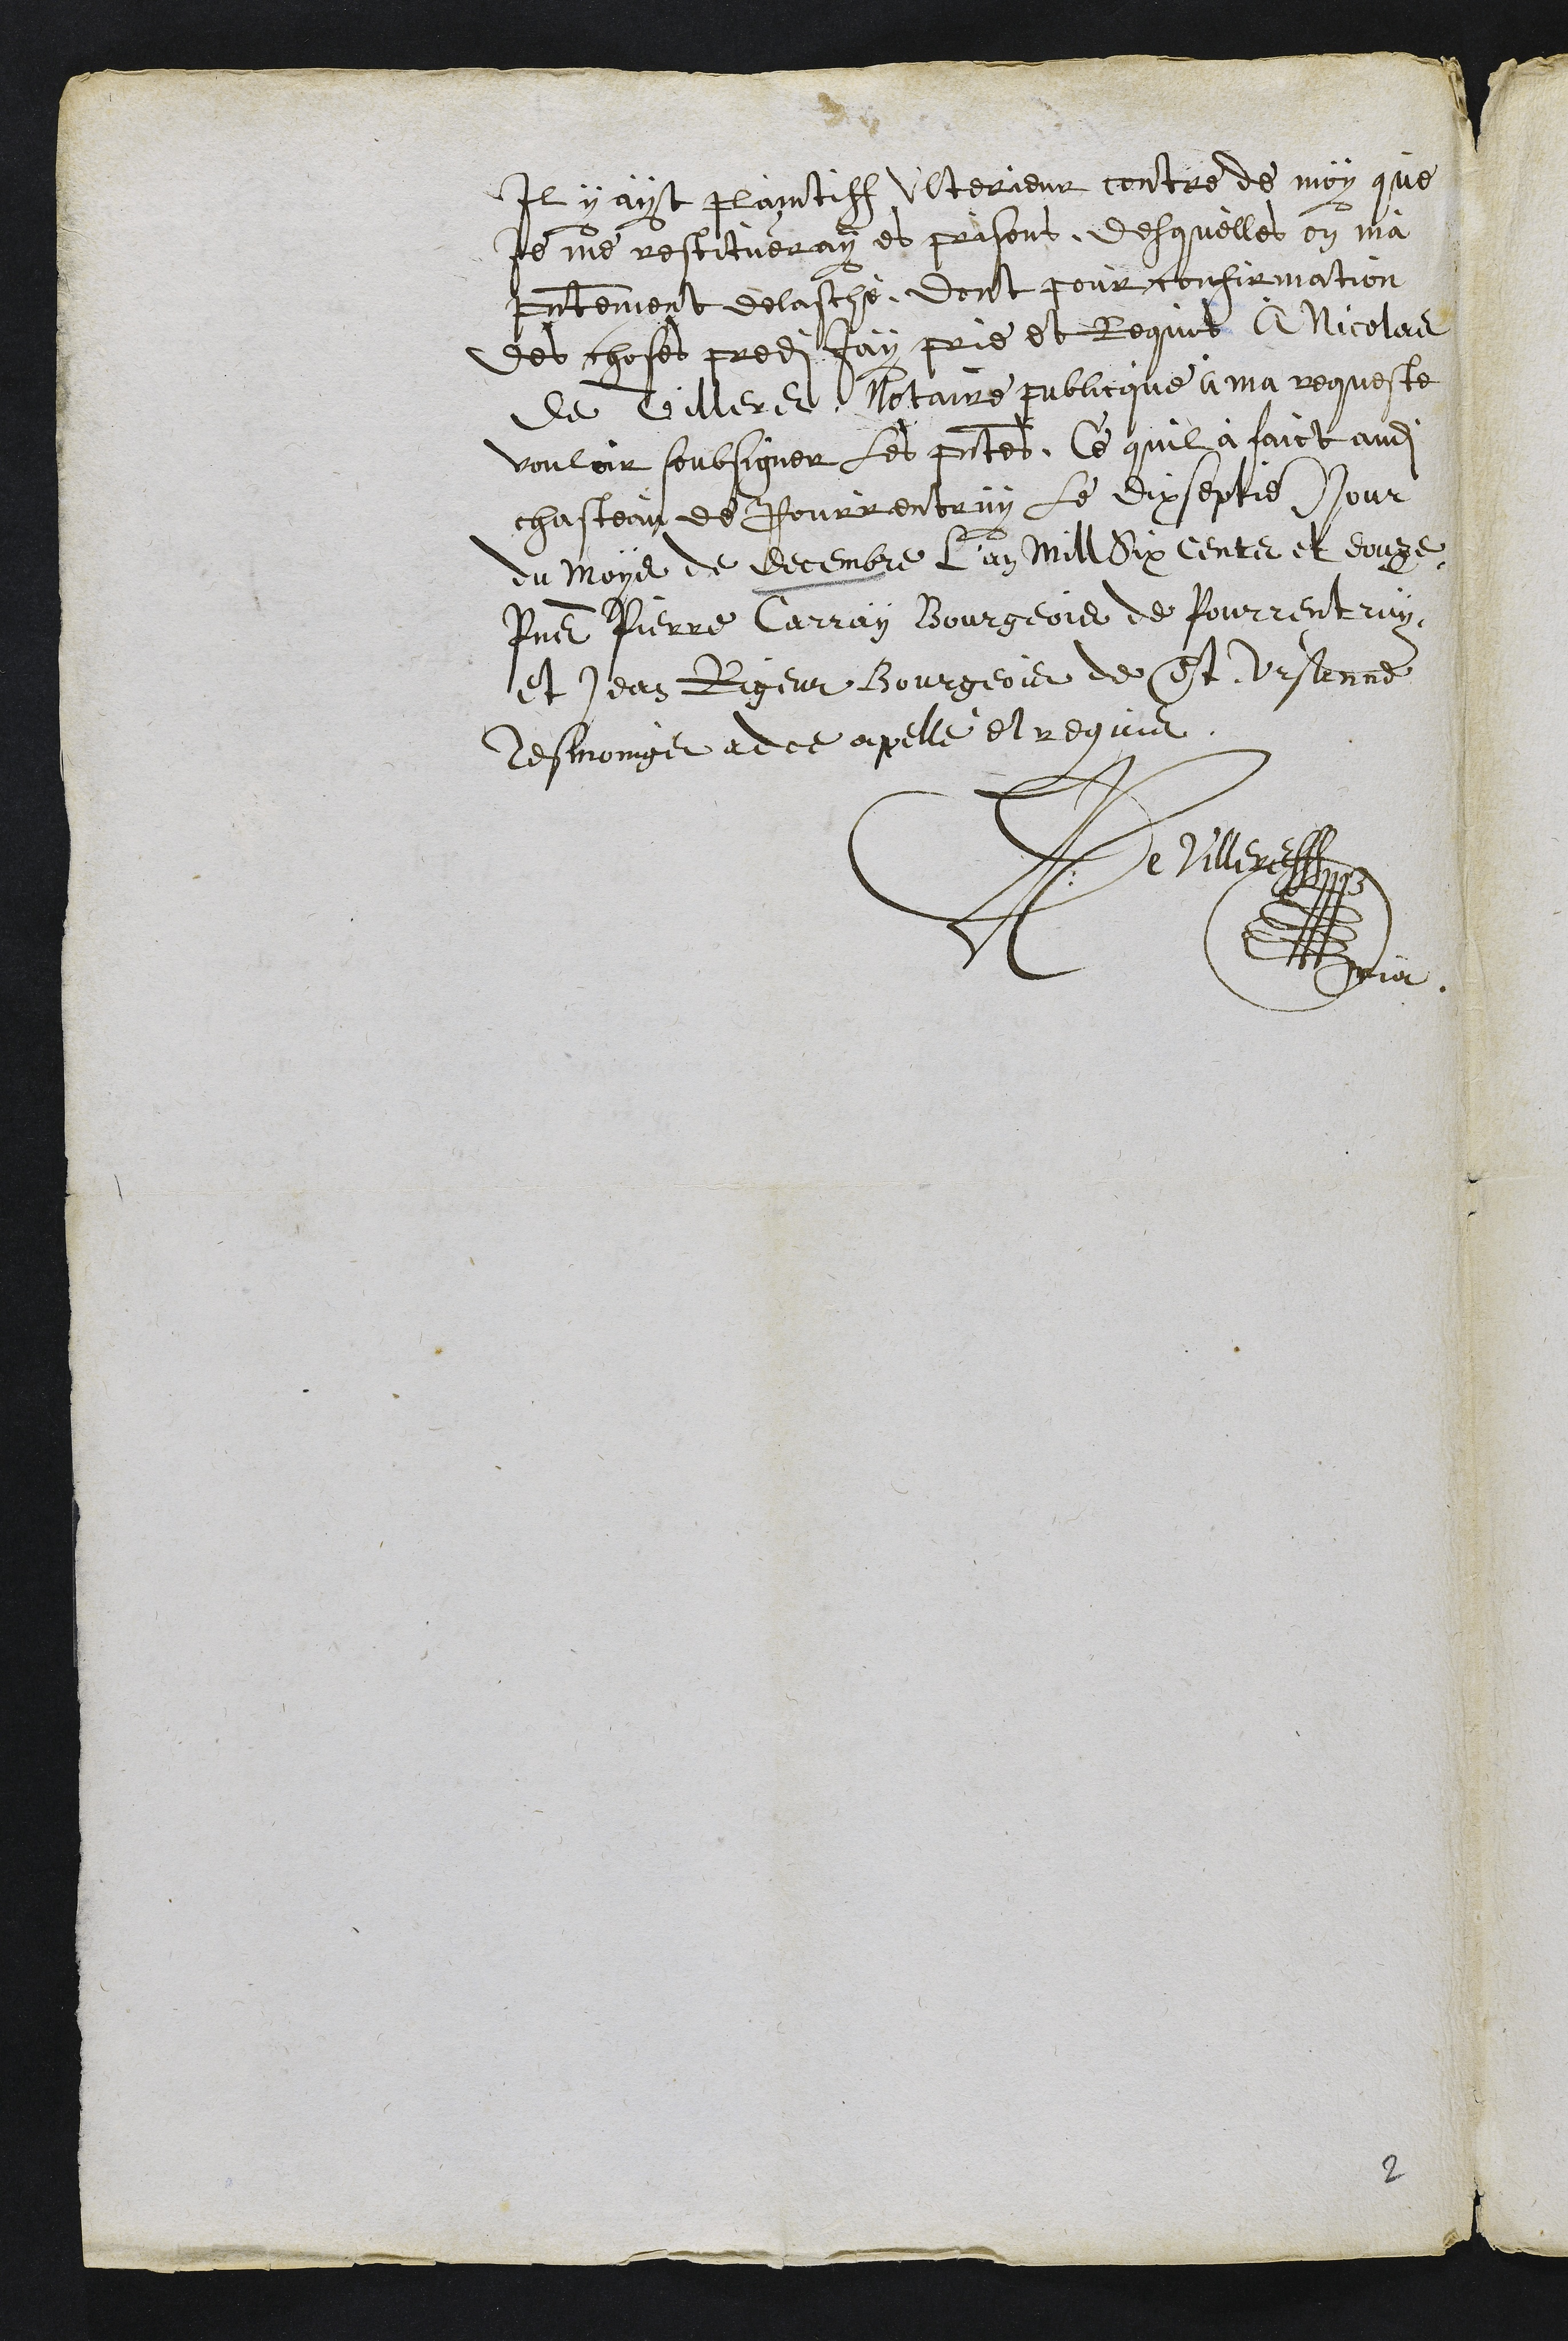
Il y ayt plaintiff ulterieur contre de moy que
je me restitueray es prisons, desquelles on ma
presentement delasché, Dont pour confirmation
des choses predites jay prie et requis A Nicolas
de Villeret Notaire publicque à ma requeste
vouloir soubsigner les presentes, Ce quil à faict audit
chasteau de Pourrentruy le dix septieme jour
du Moys de decembre L'an mill Six cents et douze
Presents Pierre Carray Bourgeois de Pourrentruy
et Jean Rigeur Bourgeois de St Ursanne
tesmoings adce appellé et requis
De Villeret
propria

2